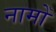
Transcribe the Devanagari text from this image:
नामोँ